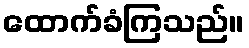
ထောက်ခံကြသည်။